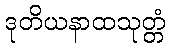
ဒုတိယနာထသုတ္တံ